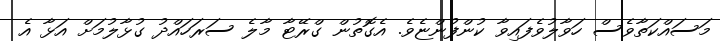
މަސައްކަތާވެސް ހަވާލުވެފައިވާ ކުންފުންޏެވެ. އެގޮތުން ގްރޭޓާ މާލެ ސަރަހައްދު ގުޅާލުމަށް އަޅާ އެ